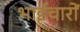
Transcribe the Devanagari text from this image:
भाईचारों